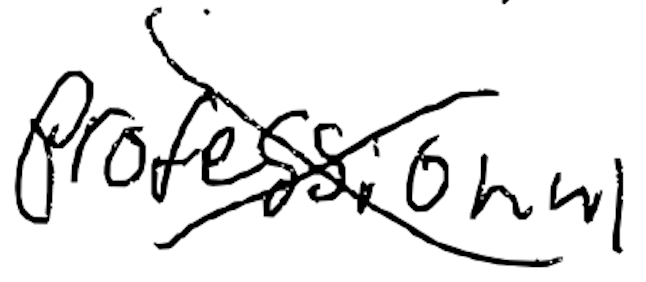
Text: professional
Cross-out: cross
Writing tool: digital_black